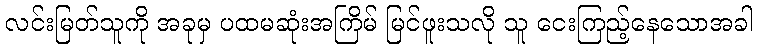
လင်းမြတ်သူကို အခုမှ ပထမဆုံးအကြိမ် မြင်ဖူးသလို သူ ငေးကြည့်နေသောအခါ